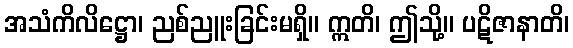
အသံကိလိဋ္ဌော၊ ညစ်ညူးခြင်းမရှိ။ ဣတိ၊ ဤသို့။ ပဋိဇာနာတိ၊